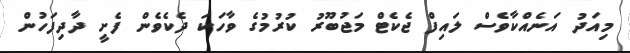
މިއަދު އަނެއްކާވެސް ލައިފް ޖެކެޓް މަޖުބޫރު ކުރުމުގެ ވާހަކަ ދެކެވެން ފެށީ ދާދިފަހުން